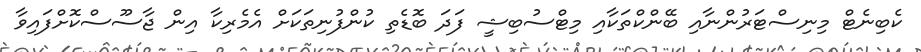
ކެބިނެޓް މިނިސްޓަރުންނާއި ބޭންކްތަކާއި މިޓްސުބިޝީ ފަދަ ބޮޑެތި ކުންފުނިތަކަށް އެމެރިކާ އިން ޖާސޫސްކޮށްފައިވާ